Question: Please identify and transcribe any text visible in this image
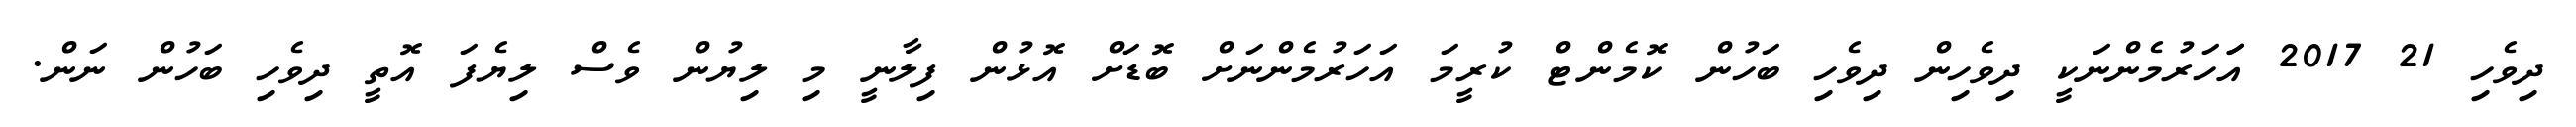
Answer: ދިވެހި 21 2017 އަަހަރުމެންނަކީ ދިވެހިން ދިވެހި ބަހުން ކޮމެންޓް ކުރީމަ އަހަރުމެންނަށް ބޮޑަށް އޮޅުން ފިލާނީ މި ލިޔުން ވެސް ލިޔެފަ އޮތީ ދިވެހި ބަހުން ނަން.